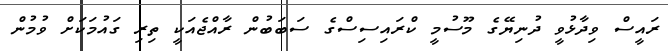
ރައީސް ވިދާޅުވީ ދުނިޔޭގެ މޫސުމީ ކްރައިސިސްގެ ސަބަބުން ރާއްޖެއަކީ ތިރި ގައުމަކަށް ވުމުން